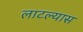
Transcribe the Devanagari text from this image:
लाटल्यास